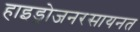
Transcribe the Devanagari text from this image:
हाइड्रोजनरसायनत